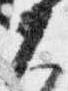
大